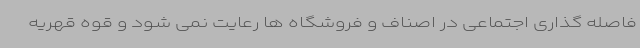
فاصله گذاری اجتماعی در اصناف و فروشگاه ها رعایت نمی شود و قوه قهریه